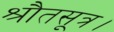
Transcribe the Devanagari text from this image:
श्रौतसूत्र।